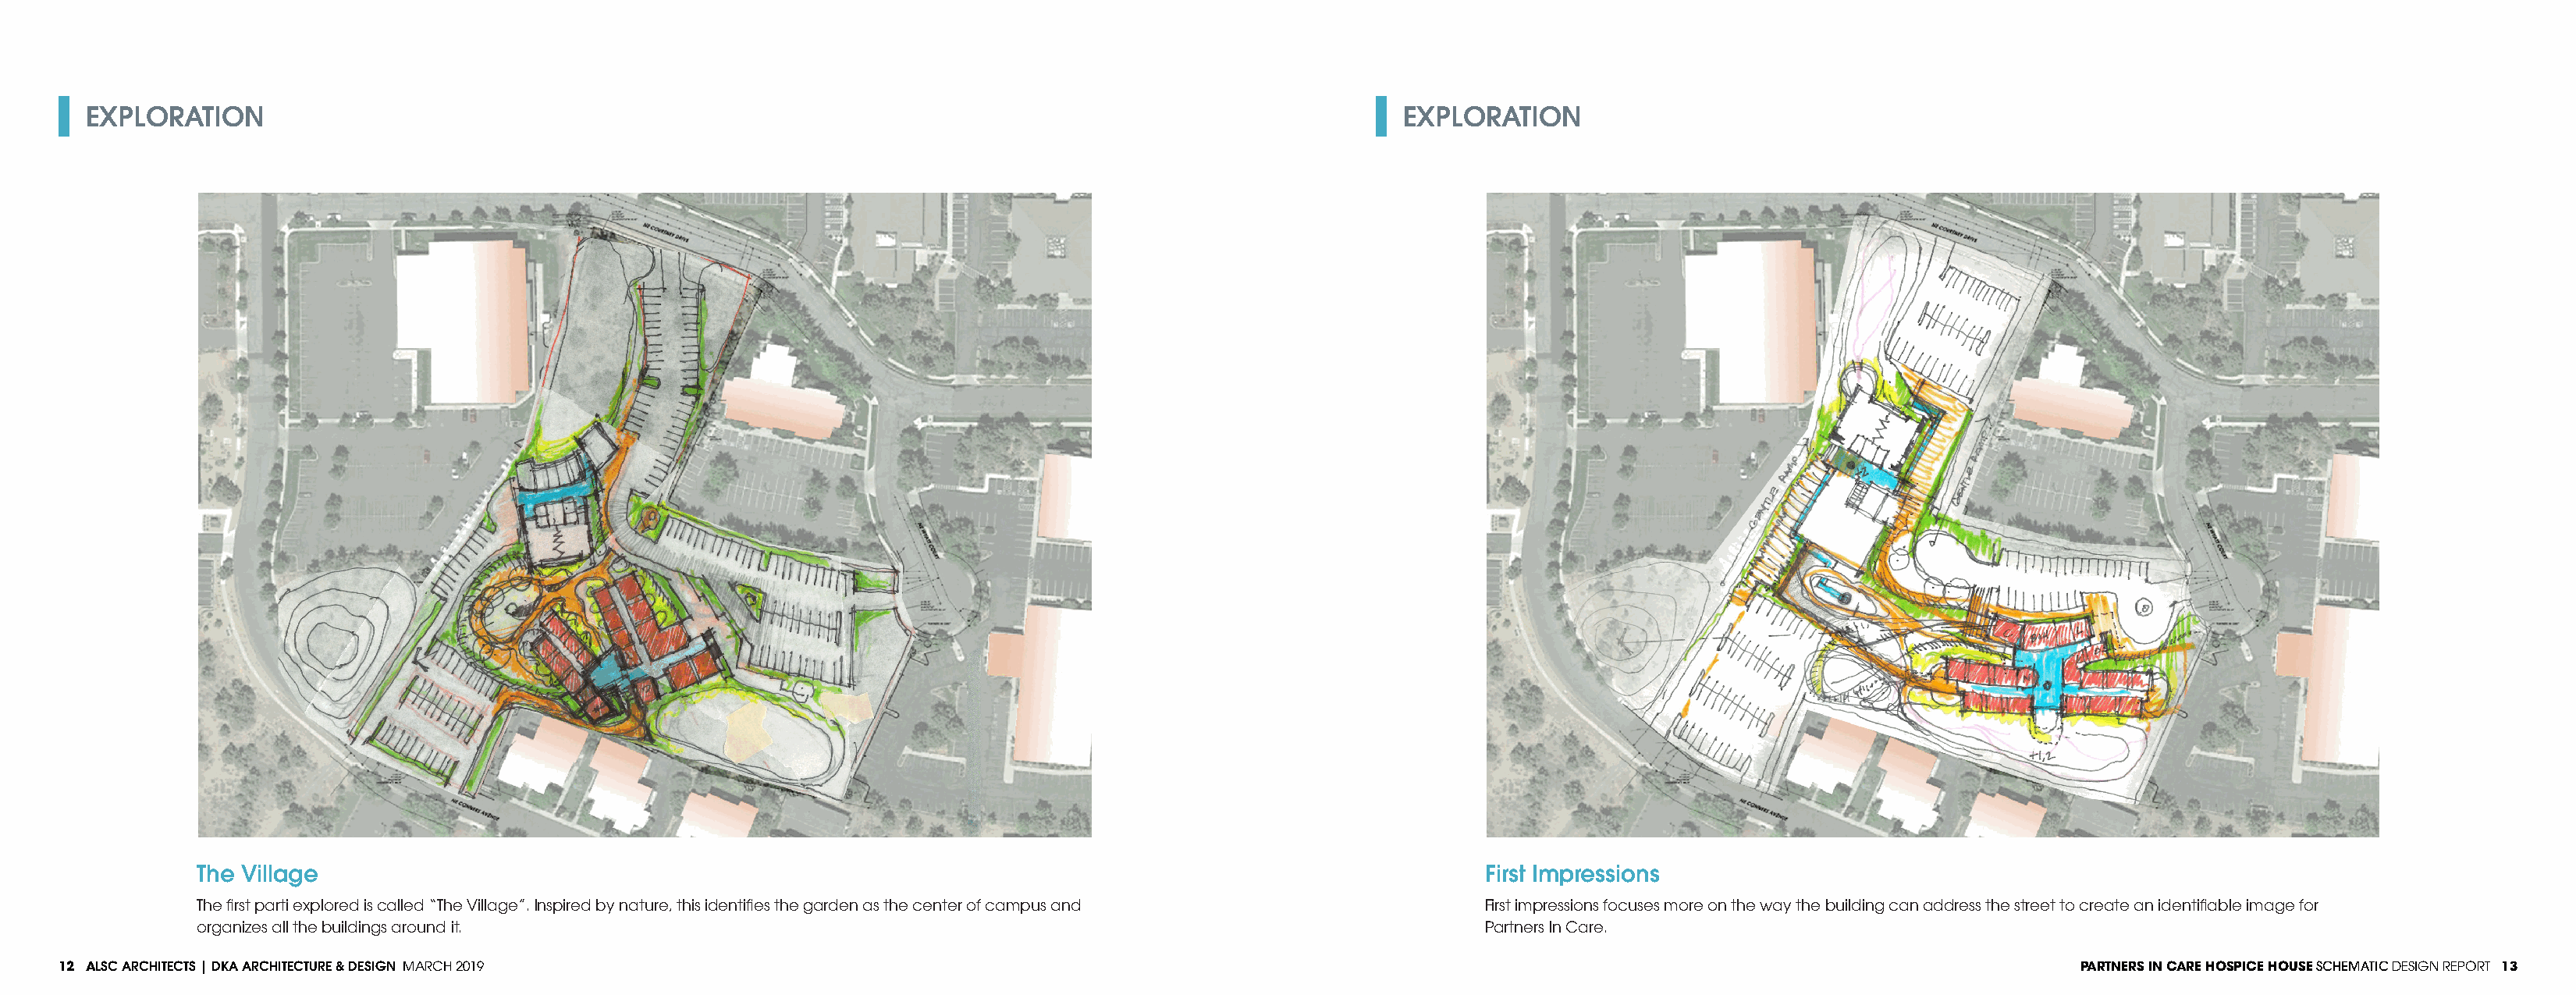
EXPLORATION                                                                                                     EXPLORATION
 The Village                                                                                                  First Impressions
 The first parti explored is called “The Village”. Inspired by nature, this identifies the garden as the center of campus and First impressions focuses more on the way the building can address the street to create an identifiable image for
 organizes all the buildings around it.                                                                       Partners In Care.
 12 ALSC ARCHITECTS | DKA ARCHITECTURE & DESIGN MARCH 2019                                                                                                                  PARTNERS IN CARE HOSPICE HOUSE SCHEMATIC DESIGN REPORT 13